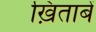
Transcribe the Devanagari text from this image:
ख़िताबें